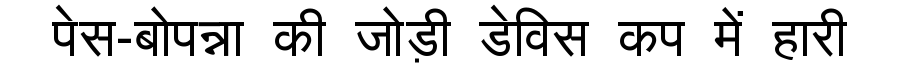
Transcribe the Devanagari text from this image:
पेस-बोपन्ना की जोड़ी डेविस कप में हारी